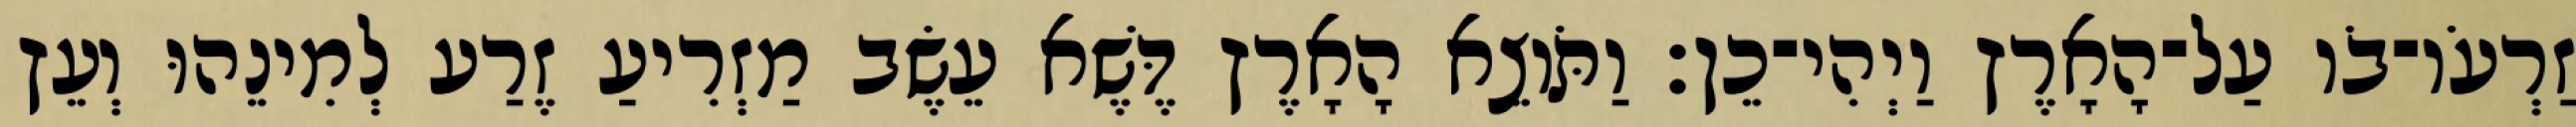
זַרְעֹו־בֹו עַל־הָאָרֶץ וַיְהִי־כֵן׃ וַתֹּוצֵא הָאָרֶץ דֶּשֶׁא עֵשֶׂב מַזְרִיעַ זֶרַע לְמִינֵהוּ וְעֵץ